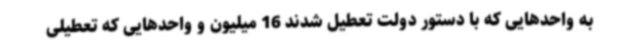
به واحدهایی که با دستور دولت تعطیل شدند 16 میلیون و واحدهایی که تعطیلی